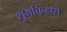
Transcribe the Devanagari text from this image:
शुभचिन्हास